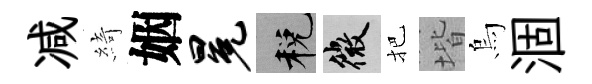
减綺姻冕税微把堦烏涸